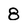
Character: 8